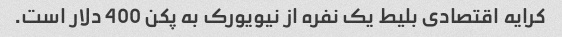
کرایه اقتصادی بلیط یک نفره از نیویورک به پکن 400 دلار است.